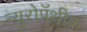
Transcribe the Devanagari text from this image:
न्युरोपॅथीक